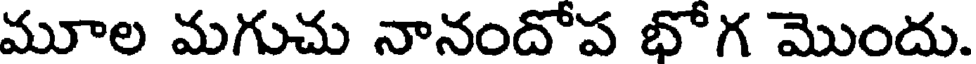
మూల మగుచు నానందోప భోగ మొందు.